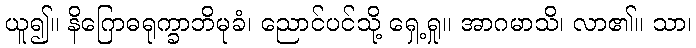
ယူ၍။ နိဂြောဓရုက္ခာဘိမုခံ၊ ညောင်ပင်သို့ ရှေ့ရှု။ အာဂမာသိ၊ လာ၏။ သာ၊